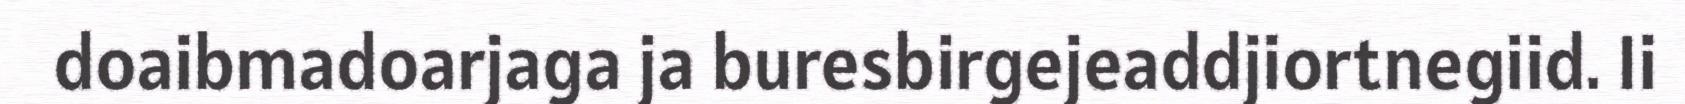
doaibmadoarjaga ja buresbirgejeaddjiortnegiid. Ii